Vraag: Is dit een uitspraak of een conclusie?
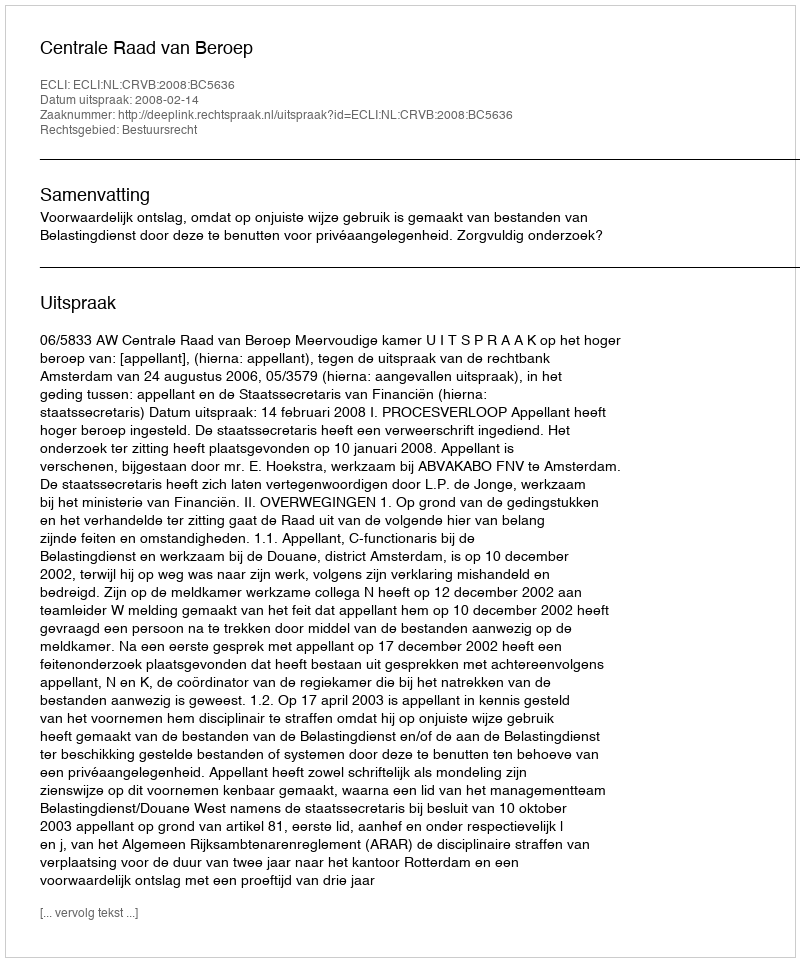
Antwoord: Uitspraak